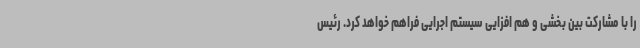
را با مشارکت بین بخشی و هم افزایی سیستم اجرایی فراهم خواهد کرد. رئیس